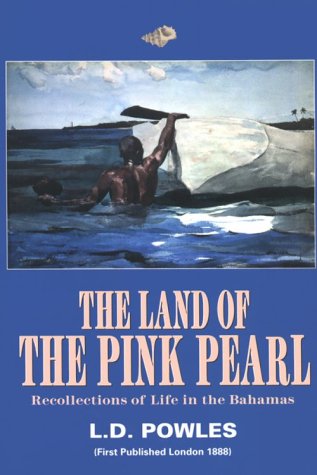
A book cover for The Land of the Pink Pearl; Neil Sealey; Travel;